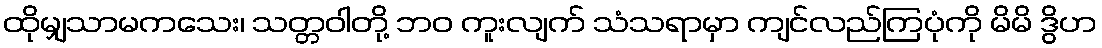
ထိုမျှသာမကသေး၊ သတ္တဝါတို့ ဘဝ ကူးလျက် သံသရာမှာ ကျင်လည်ကြပုံကို မိမိ ဒွိဟ